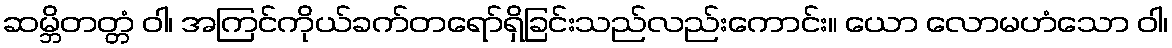
ဆမ္ဘိတတ္တံ ဝါ၊ အကြင်ကိုယ်ခက်တရော်ရှိခြင်းသည်လည်းကောင်း။ ယော လောမဟံသော ဝါ၊